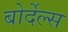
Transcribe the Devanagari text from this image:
बोर्देल्स